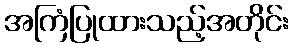
အကြံပြုထားသည့်အတိုင်း